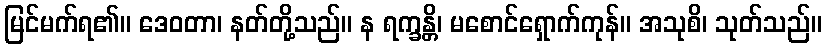
မြင်မက်ရ၏။ ဒေဝတာ၊ နတ်တို့သည်။ န ရက္ခန္တိ၊ မစောင်ရှောက်ကုန်။ အသုစိ၊ သုတ်သည်။